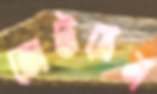
জেটপ্লেন